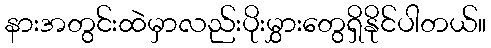
နားအတွင်းထဲမှာလည်းပိုးမွှားတွေရှိနိုင်ပါတယ်။